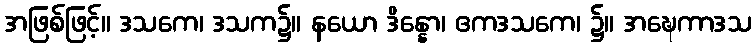
အဖြစ်ဖြင့်။ ဒသကေ၊ ဒသက၌။ နယော ဒိန္နော၊ ဧကဒသကေ၊ ၌။ အဍ္ဎေကာဒသ